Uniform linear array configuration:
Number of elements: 64
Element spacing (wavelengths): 0.5
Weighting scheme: cosine
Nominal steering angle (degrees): -30
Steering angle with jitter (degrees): -31.676
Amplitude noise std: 0.05
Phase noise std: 0.05

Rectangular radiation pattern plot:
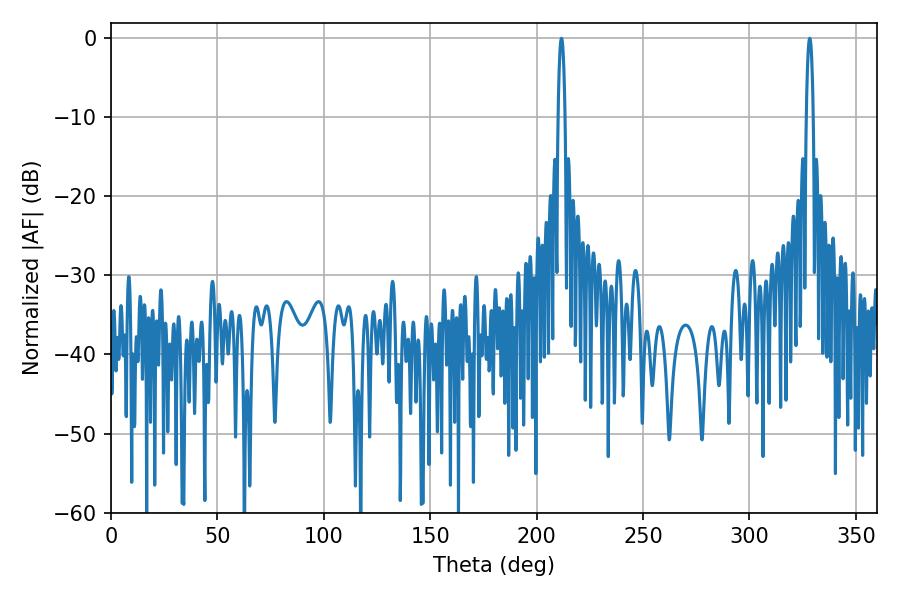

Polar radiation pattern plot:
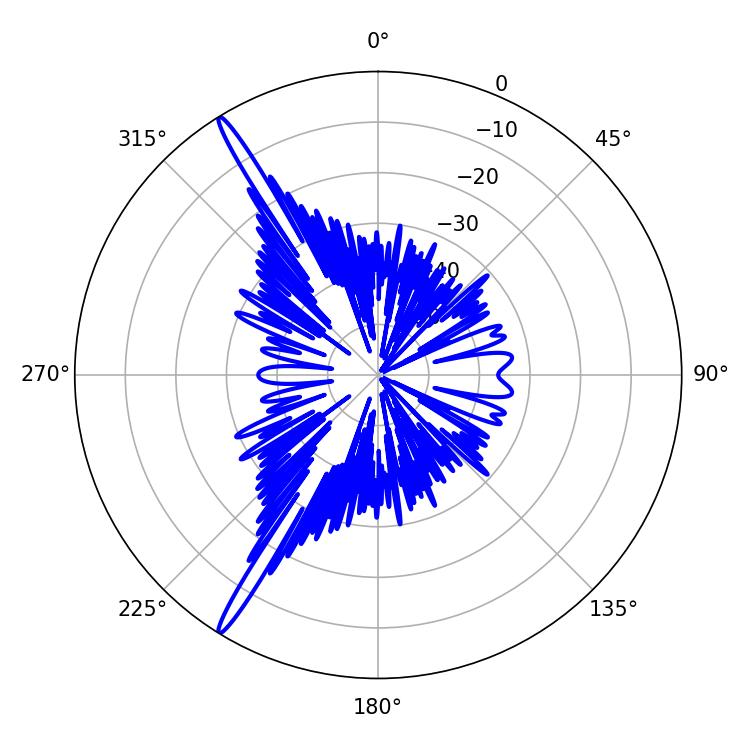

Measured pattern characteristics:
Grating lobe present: FALSE
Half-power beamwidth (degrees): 1.8
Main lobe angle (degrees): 328.32